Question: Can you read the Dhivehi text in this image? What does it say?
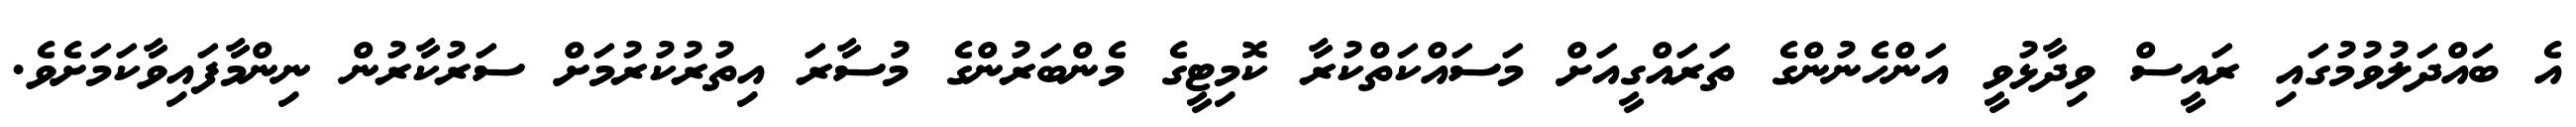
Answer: އެ ބައްދަލުވުމުގައި ރައީސް ވިދާޅުވީ އަންހެނުންގެ ތަރައްގީއަށް މަސައްކަތްކުރާ ކޮމިޓީގެ މެންބަރުންގެ މުސާރަ އިތުރުކުރުމަށް ސަރުކާރުން ނިންމާފައިވާކަމަށެވެ.